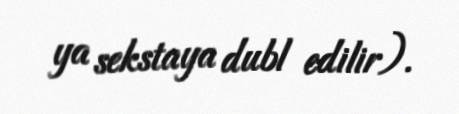
ya sekstaya dubl edilir).